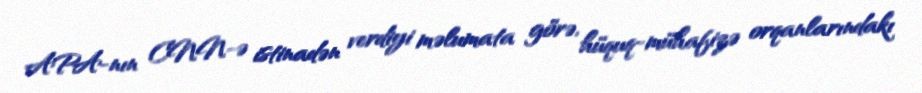
APA-nın CNN-ə istinadən verdiyi məlumata görə, hüquq-mühafizə orqanlarındakı